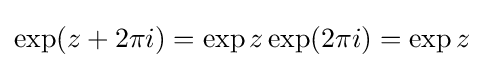
\exp(z+2\pi i)=\exp z\exp(2\pi i)=\exp z